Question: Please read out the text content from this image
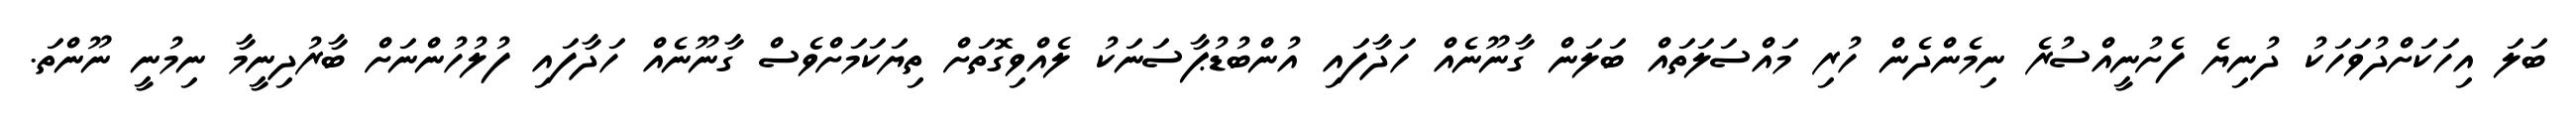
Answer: ބަލަ އިހަކަށްދުވަހަކު ދުނިޔެ ފެށުނީއްސުރެ ނިމެންދެން ހުރި މައްސަލަތައް ބަލަން ގާނޫނެއް ހަދާފައި އުންބުޑުޕާސަނަކު ލެއްވިގޮތަށް ތިޔަކަމަށްވެސް ގާނޫނެއް ހަދާފައި ފުލުހުންނަށް ބާރުދިނީމާ ނިމުނީ ނޫންތަ.